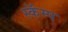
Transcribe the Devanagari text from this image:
स्कॅम्प